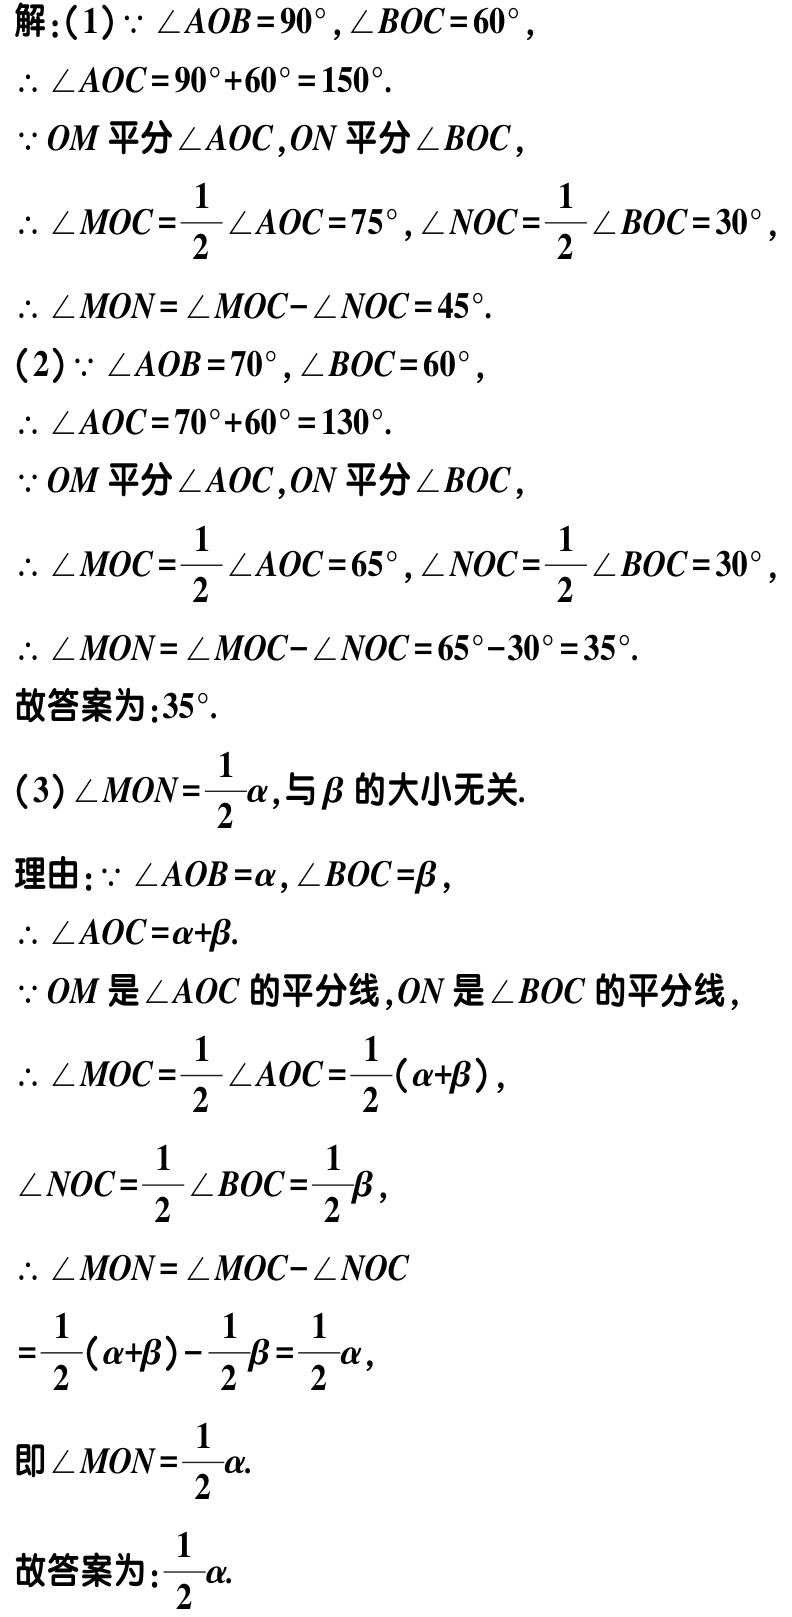
解：(1) \(\because \angle AOB = 90^{\circ},\angle BOC = 60^{\circ}\)，

\(\therefore \angle AOC=90^{\circ}+60^{\circ}=150^{\circ}\).

\(\because OM\)平分\(\angle AOC\)，\(ON\)平分\(\angle BOC\)，

\(\therefore \angle MOC=\frac{1}{2}\angle AOC = 75^{\circ},\angle NOC=\frac{1}{2}\angle BOC = 30^{\circ}\)，

\(\therefore \angle MON=\angle MOC - \angle NOC = 45^{\circ}\).

(2) \(\because \angle AOB = 70^{\circ},\angle BOC = 60^{\circ}\)，

\(\therefore \angle AOC=70^{\circ}+60^{\circ}=130^{\circ}\).

\(\because OM\)平分\(\angle AOC\)，\(ON\)平分\(\angle BOC\)，

\(\therefore \angle MOC=\frac{1}{2}\angle AOC = 65^{\circ},\angle NOC=\frac{1}{2}\angle BOC = 30^{\circ}\)，

\(\therefore \angle MON=\angle MOC - \angle NOC = 65^{\circ}-30^{\circ}=35^{\circ}\).

故答案为：\(35^{\circ}\).

(3) \(\angle MON=\frac{1}{2}\alpha\)，与\(\beta\)的大小无关.

理由：\(\because \angle AOB=\alpha,\angle BOC=\beta\)，

\(\therefore \angle AOC=\alpha+\beta\).

\(\because OM\)是\(\angle AOC\)的平分线，\(ON\)是\(\angle BOC\)的平分线，

\(\therefore \angle MOC=\frac{1}{2}\angle AOC=\frac{1}{2}(\alpha + \beta)\)，

\(\angle NOC=\frac{1}{2}\angle BOC=\frac{1}{2}\beta\)，

\(\therefore \angle MON=\angle MOC - \angle NOC\)

\(=\frac{1}{2}(\alpha+\beta)-\frac{1}{2}\beta=\frac{1}{2}\alpha\)，

即\(\angle MON=\frac{1}{2}\alpha\).

故答案为：\(\frac{1}{2}\alpha\).